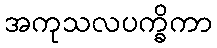
အကုသလပက္ခိကာ